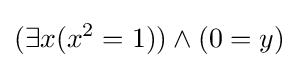
(\exists x(x^{2}=1))\land (0=y)